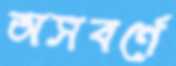
অসবর্ণে